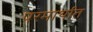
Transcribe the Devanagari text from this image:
परमार्थात